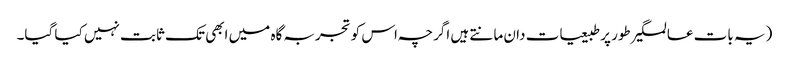
(یہ بات عالمگیر طور پر طبیعیات دان مانتے ہیں اگرچہ اس کو تجربہ گاہ میں ابھی تک ثابت نہیں کیا گیا۔